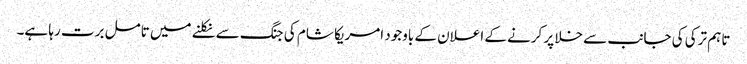
تاہم ترکی کی جانب سے خلا پر کرنے کے اعلان کے باوجود امریکا شام کی جنگ سے نکلنے میں تامل برت رہا ہے۔